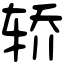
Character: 轿